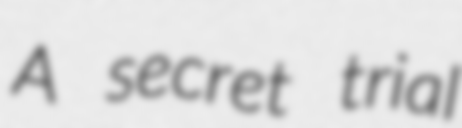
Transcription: A secret trial